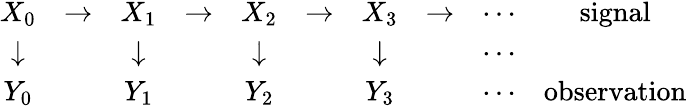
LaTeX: {\begin{array}{cccccccccc}{X_{0}}&{\to}&{X_{1}}&{\to}&{X_{2}}&{\to}&{X_{3}}&{\to}&{\cdots}&{{\mathrm{signal}}}\\ {\downarrow}&&{\downarrow}&&{\downarrow}&&{\downarrow}&&{\cdots}&\\ {Y_{0}}&&{Y_{1}}&&{Y_{2}}&&{Y_{3}}&&{\cdots}&{{\mathrm{observation}}}\end{array}}